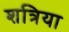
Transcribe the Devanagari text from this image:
शत्रिया